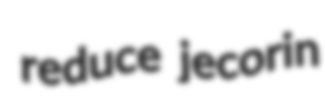
reduce jecorin